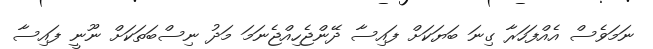
ނަމަވެސް އެއްފަހަރާ ގިނަ ބަޔަކަށް ފައިސާ ދޭންޖެހިއްޖެނަމަ މަދު ނިސްބަތަކަށް ނޫނީ ފައިސާ